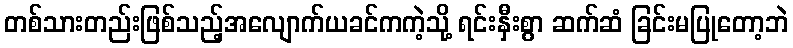
တစ်သားတည်းဖြစ်သည့်အလျောက်ယခင်ကကဲ့သို့ ရင်းနှီးစွာ ဆက်ဆံ ခြင်းမပြုတော့ဘဲ